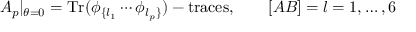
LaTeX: A _ { p } | _ { \theta = 0 } = { \mathrm { T r } } ( \phi _ { \{ l _ { 1 } } \cdots \phi _ { l _ { p } \} } ) - { \mathrm { t r a c e s } } , \qquad [ A B ] = l = 1 , \dots , 6